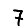
Digit: 7